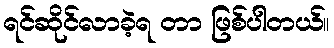
ရင်ဆိုင်လာခဲ့ရ တာ ဖြစ်ပါတယ်။